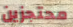
محتجزين